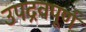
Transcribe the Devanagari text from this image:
उपद्रवपूर्ण